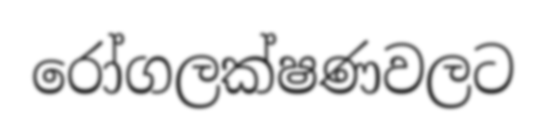
රෝගලක්ෂණවලට